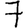
Digit: 7